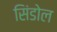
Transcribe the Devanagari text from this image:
सिंडोल